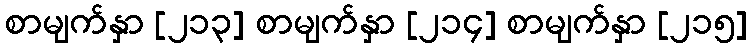
စာမျက်နှာ [၂၁၃] စာမျက်နှာ [၂၁၄] စာမျက်နှာ [၂၁၅]